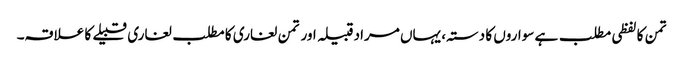
تمن کا لفظی مطلب ہے سواروں کا دستہ، یہاں مراد قبیلہ اور تمن لغاری کا مطلب لغاری قبیلے کا علاقہ۔